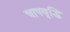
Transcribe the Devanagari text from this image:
चापवृद्धि